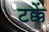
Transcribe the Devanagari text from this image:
टक्कें